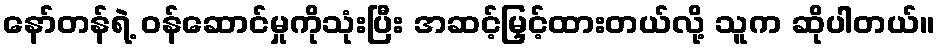
နော်တန်ရဲ့ ဝန်ဆောင်မှုကိုသုံးပြီး အဆင့်မြှင့်ထားတယ်လို့ သူက ဆိုပါတယ်။